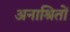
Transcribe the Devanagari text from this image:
अनाश्रितों